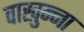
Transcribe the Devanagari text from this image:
वाखुन्ना